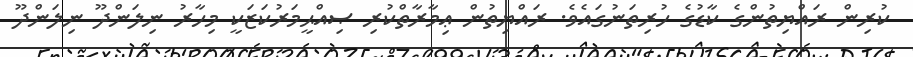
ކުރިން ރައްޔިތުންގެ ކާޑުގެ ހުރިތަނުގައެވެ. ރައްޔިތުން ޢިމާރާތްކުރި ޞިއްޙީމަރުކަޒަކީ މިހާރު ނިލަންދޫ ނިލަންދޫ